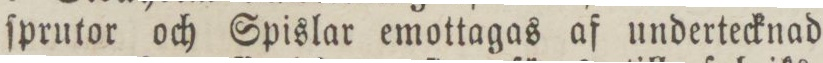
ſprutor och Spislar emottagas af undertecknad